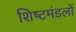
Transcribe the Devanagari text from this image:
शिष्‍टमंडलों